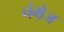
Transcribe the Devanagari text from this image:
चंगे़ज